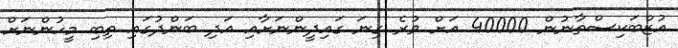
އުޒްބަކިސްތާނުން 40000 އަށް ވުރެ ގިނަ ގައިދީންނަށާއި އަދި ބަންދުގައި ތިބި މީހުންނަށް